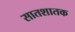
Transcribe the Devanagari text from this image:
सातशातक